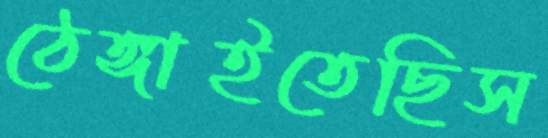
ঠেঙ্গাইতেছিস